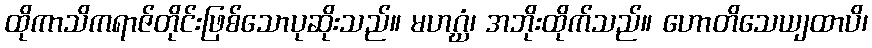
ထိုကာသိကရာဇ်တိုင်းဖြစ်သောပုဆိုးသည်။ မဟဂ္ဃံ၊ အဘိုးထိုက်သည်။ ဟောတိသေယျထာပိ၊